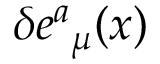
\delta e { ^ a } _ { \mu } ( x )